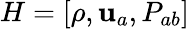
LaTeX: H=[\rho,\mathbf{u}_{a},P_{ab}]